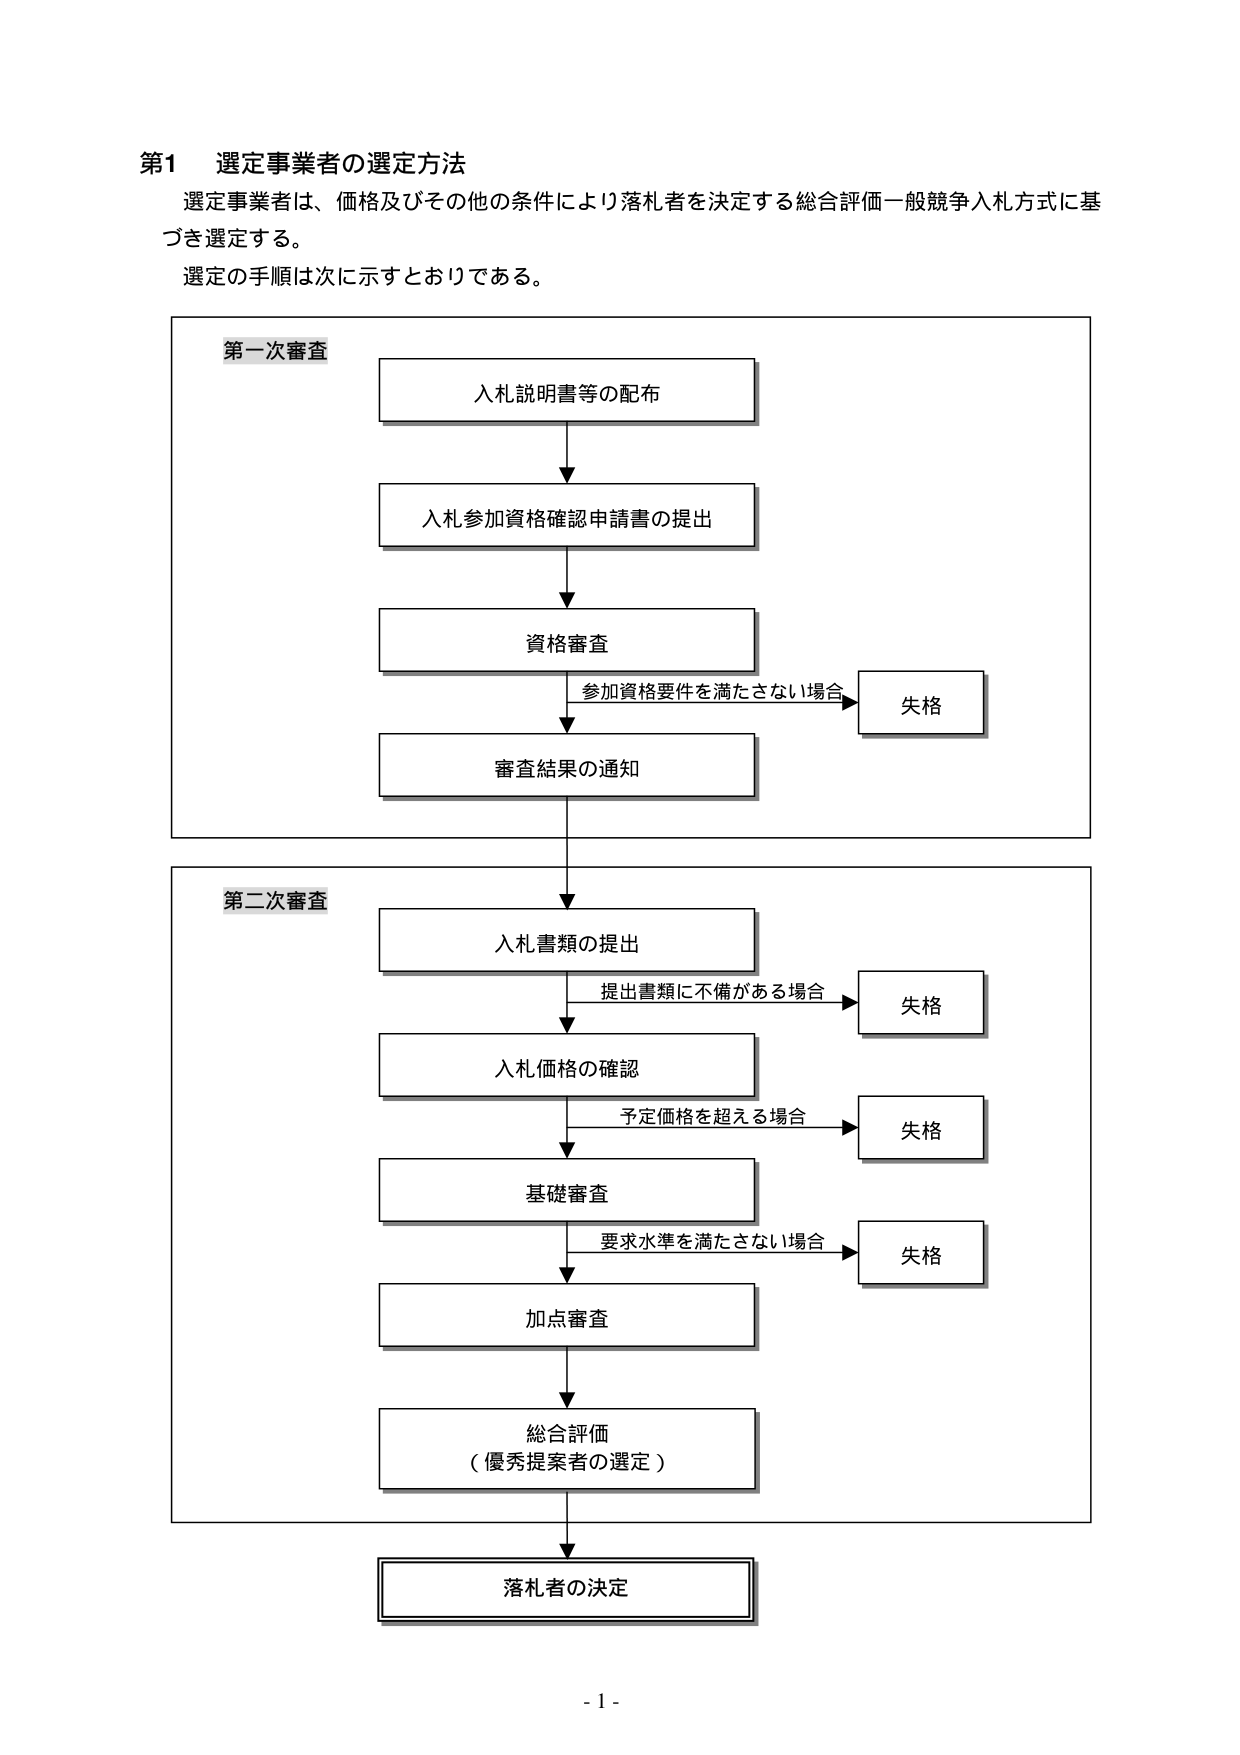
第1 選定事業者の選定方法
選定事業者は、価格及びその他の条件により落札者を決定する総合評価一般競争入札方式に基づき選定する。
選定の手順は次に示すとおりである。

第一次審査
入札説明書等の配布
入札参加資格確認申請書の提出
資格審査
参加資格要件を満たさない場合 → 失格
審査結果の通知

第二次審査
入札書類の提出
提出書類に不備がある場合 → 失格
入札価格の確認
予定価格を超える場合 → 失格
基礎審査
要求水準を満たさない場合 → 失格
加点審査
総合評価
（優秀提案者の選定）
落札者の決定

- 1 -